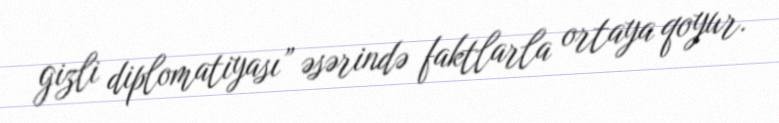
gizli diplomatiyası” əsərində faktlarla ortaya qoyur.